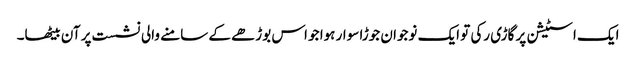
ایک اسٹیشن پر گاڑی رکی تو ایک نوجوان جوڑا سوار ہوا جو اس بوڑھے کے سامنے والی نشست پر آن بیٹھا۔